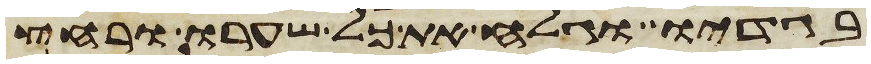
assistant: בגדיו וגלח את כל שערו ורחץ